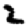
Digit: 2